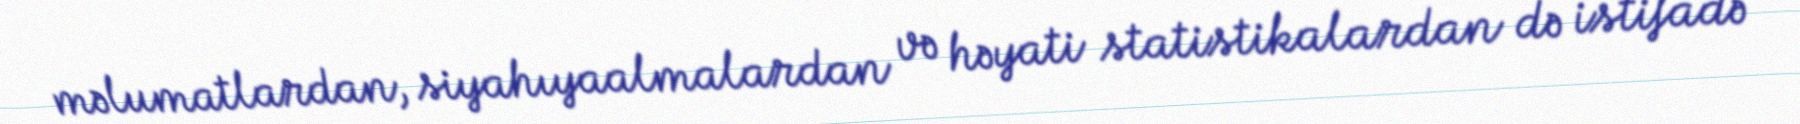
məlumatlardan, siyahıyaalmalardan və həyati statistikalardan də istifadə